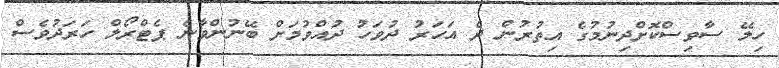
ހިލޭ ސާވިސްކޮށްދިނުމުގެ އިތުރުން ދެ އަހަރު ދުވަހު ދުއްވުމަށް ބޭނުންވާނެ ޕެޓްރޯލް ހަރަދުވެސް